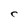
Character: C